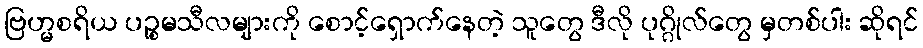
ဗြဟ္မစရိယ ပဉ္စမသီလများကို စောင့်ရှောက်နေတဲ့ သူတွေ ဒီလို ပုဂ္ဂိုလ်တွေ မှတစ်ပါး ဆိုရင်